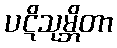
ပဋိသုမ္ဘိတာ